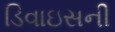
ડિવાઇસની